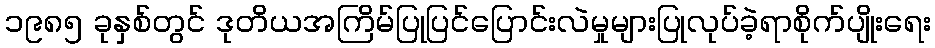
၁၉၈၅ ခုနှစ်တွင် ဒုတိယအကြိမ်ပြုပြင်ပြောင်းလဲမှုများပြုလုပ်ခဲ့ရာစိုက်ပျိုးရေး